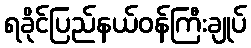
ရခိုင်ပြည်နယ်ဝန်ကြီးချုပ်